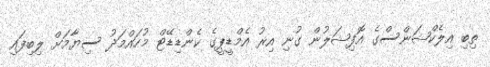
ތިބި އިލެކްޝަންސްގެ އޮފިޝަލުން ގުނި އިރު އެމްޑީޕީގެ ކެންޑިޑޭޓް މުހައްމަދު ސިޔާމަށް ލިބިފައި